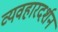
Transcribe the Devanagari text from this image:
व्यवहारदर्शन